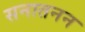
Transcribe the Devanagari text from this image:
सनातनन